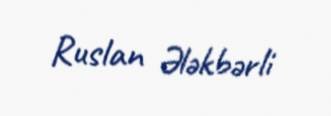
Ruslan Ələkbərli